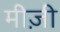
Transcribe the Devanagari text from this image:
मीज़ी